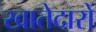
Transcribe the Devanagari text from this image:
खातेदारों